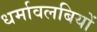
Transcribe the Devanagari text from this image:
धर्मावलबियों